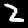
Label: 2